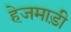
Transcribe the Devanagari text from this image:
हेजमाड़ी